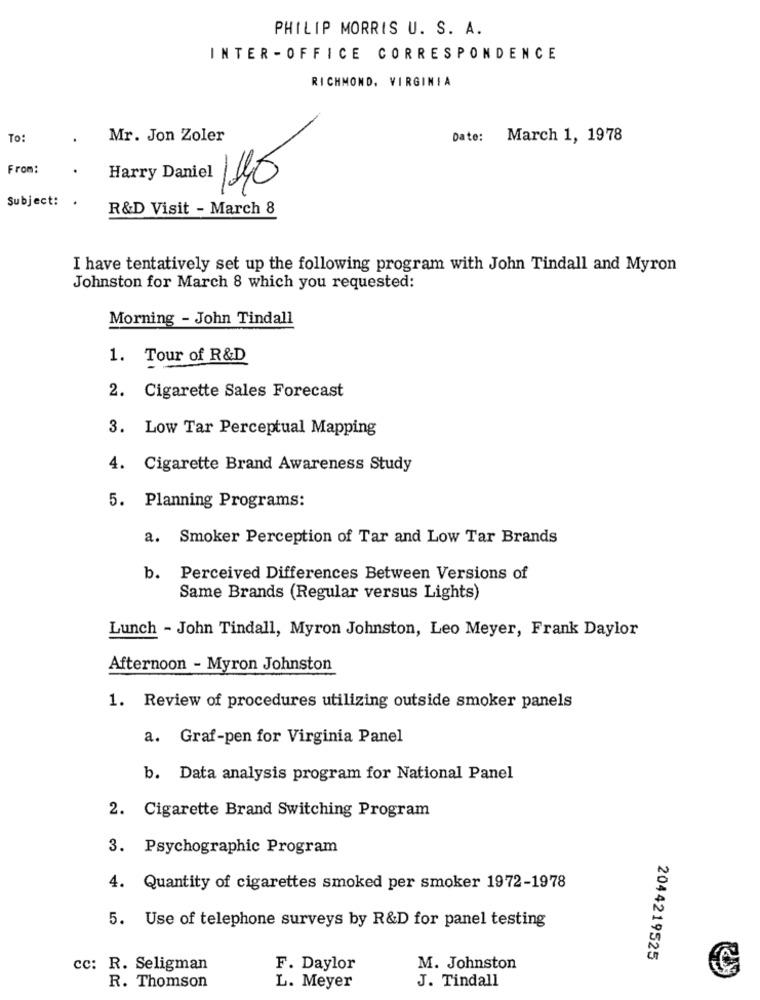
PHILIP MORRIS U. S. A.
INTER -OFFICE CORRESPONDENCE
RICHMOND, VIRGINIA
To:
Mr. Jon Zoler
Date:
March 1, 1978
From:
Harry Daniel
140
Subject :.
R&D Visit - March 8
I have tentatively set up the following program with John Tindall and Myron
Johnston for March 8 which you requested:
Morning - John Tindall
1. Tour of R&D
2. Cigarette Sales Forecast
3. Low Tar Perceptual Mapping
4. Cigarette Brand Awareness Study
5. Planning Programs:
a. Smoker Perception of Tar and Low Tar Brands
b. Perceived Differences Between Versions of
Same Brands (Regular versus Lights)
Lunch - John Tindall, Myron Johnston, Leo Meyer, Frank Daylor
Afternoon - Myron Johnston
1. Review of procedures utilizing outside smoker panels
a. Graf-pen for Virginia Panel
b. Data analysis program for National Panel
2. Cigarette Brand Switching Program
3. Psychographic Program
4. Quantity of cigarettes smoked per smoker 1972-1978
5. Use of telephone surveys by R&D for panel testing
2044219525
cc: R. Seligman
F. Daylor
M. Johnston
J. Tindall
R. Thomson
L. Meyer